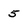
Character: 5